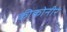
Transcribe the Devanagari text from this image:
कीकोनीर